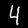
Digit: 4